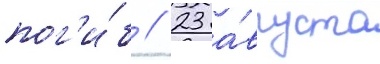
пог'и́б // 23 а́вгуста